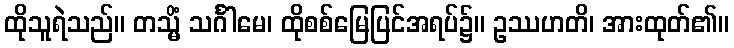
ထိုသူရဲသည်။ တသ္မိံ သင်္ဂါမေ၊ ထိုစစ်မြေပြင်အရပ်၌။ ဥဿဟတိ၊ အားထုတ်၏။